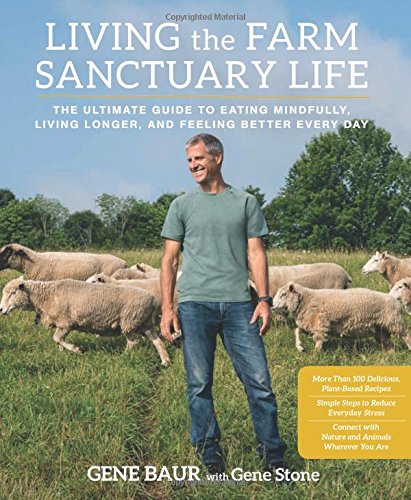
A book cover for Living the Farm Sanctuary Life: The Ultimate Guide to Eating Mindfully, Living Longer, and Feeling Better Every Day; Gene Baur; Cookbooks, Food & Wine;